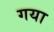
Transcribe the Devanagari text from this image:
गया